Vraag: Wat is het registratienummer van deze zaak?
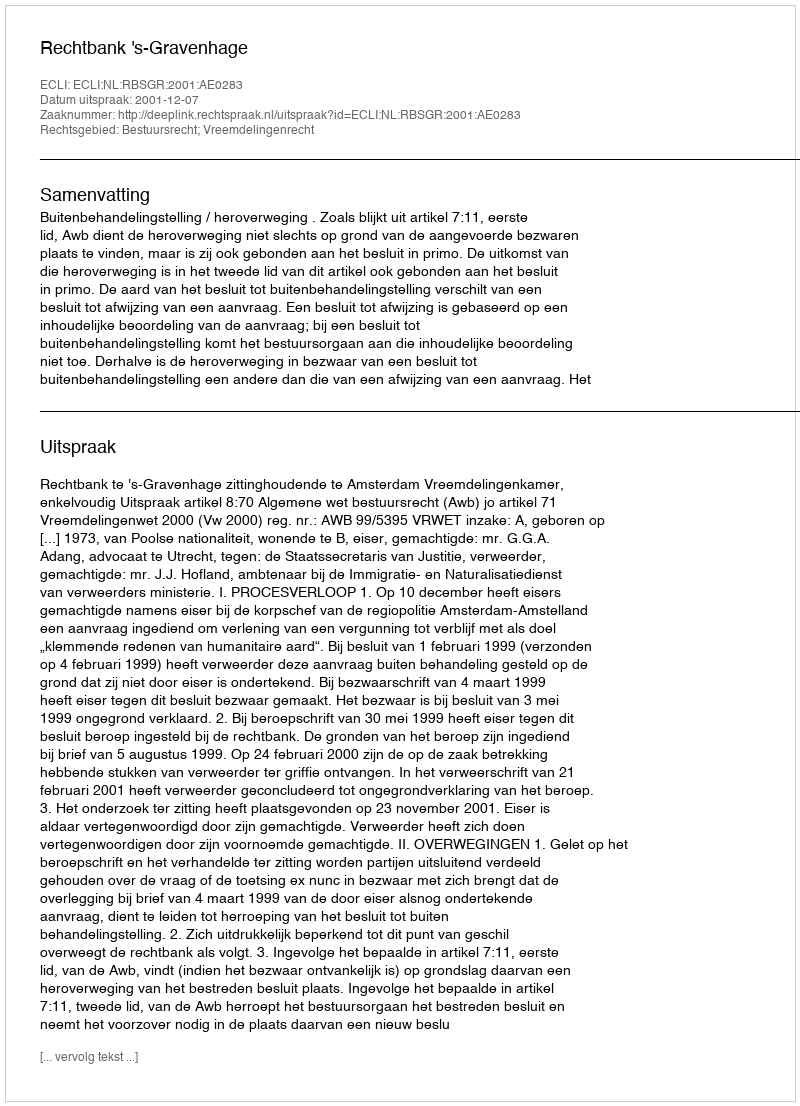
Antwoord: http://deeplink.rechtspraak.nl/uitspraak?id=ECLI:NL:RBSGR:2001:AE0283